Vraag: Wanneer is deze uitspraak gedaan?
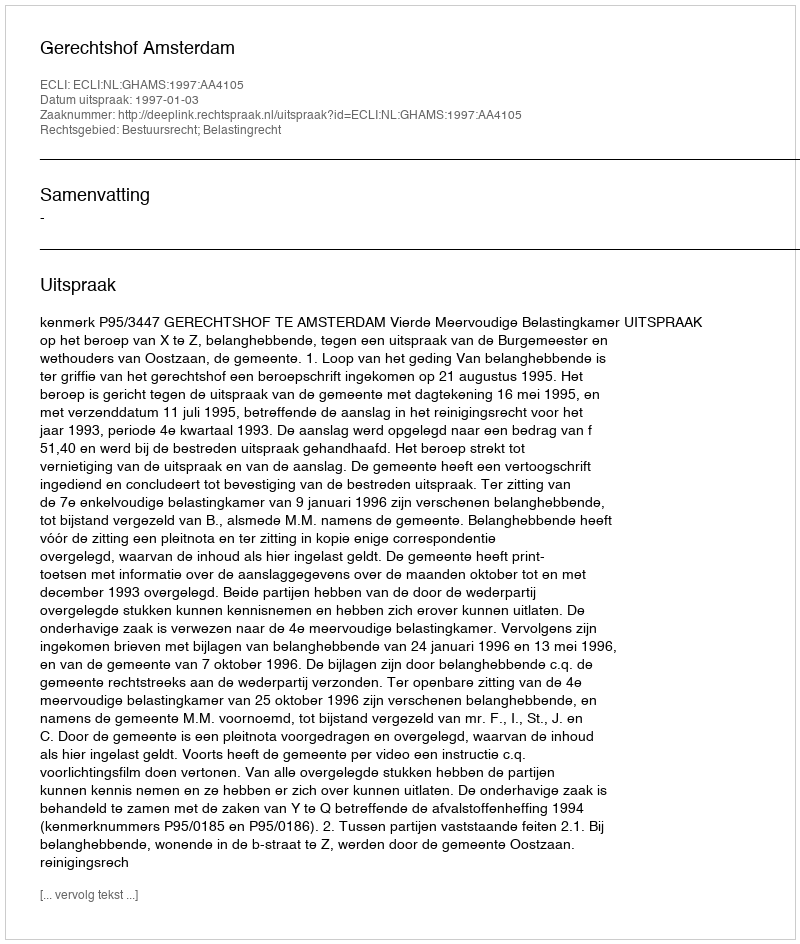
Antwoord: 1997-01-03